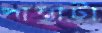
পান্তাটা